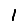
Digit: 1